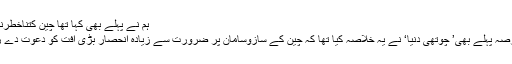
ہم نے پہلے بھی کہا تھا چین کتناخطرناک ہے
کچھ عرصہ پہلے بھی’ چوتھی دنیا‘ نے یہ خلاصہ کیا تھا کہ چین کے سازوسامان پر ضرورت سے زیادہ انحصار بڑی آفت کو دعوت دے رہا ہے۔